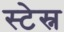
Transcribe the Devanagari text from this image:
स्टेस्न